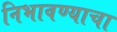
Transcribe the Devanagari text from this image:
निभावण्याचा